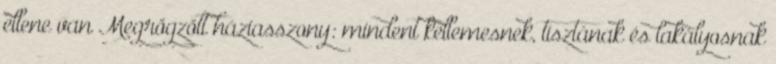
ellene van Megrögzött háziasszony: mindent kellemesnek, tisztának és lakályosnak